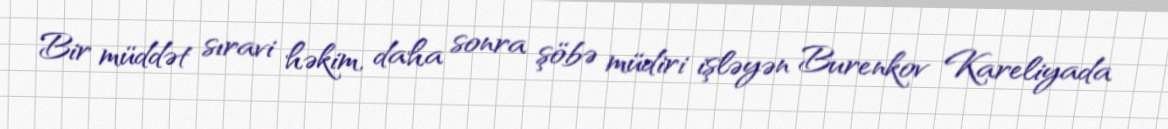
Bir müddət sıravi həkim, daha sonra şöbə müdiri işləyən Burenkov Kareliyada